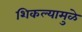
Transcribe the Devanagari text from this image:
शिकल्यामुळे